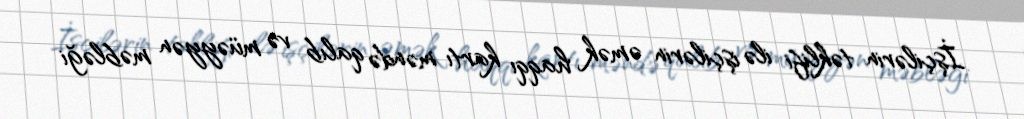
İşçilərin təklifi ilə işçilərin əmək haqqı kartı məndə qalıb və müəyyən məbləği